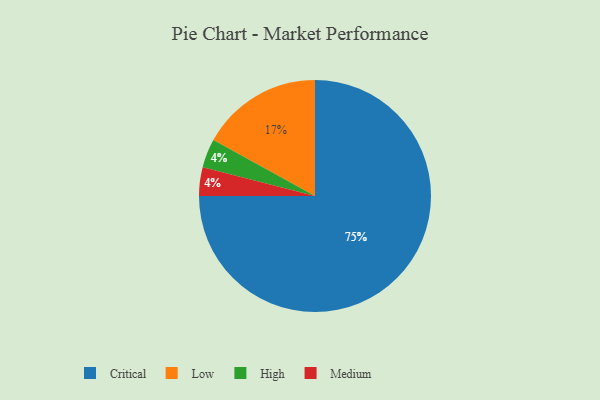
{"axis": {"x": "Category", "y": "Percentage"}, "legend": ["Critical", "High", "Low", "Medium"], "data": [{"x": "Critical", "y": 75, "type": "Critical"}, {"x": "High", "y": 4, "type": "High"}, {"x": "Low", "y": 17, "type": "Low"}, {"x": "Medium", "y": 4, "type": "Medium"}]}